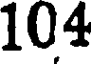
104